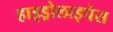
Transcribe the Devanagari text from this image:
हाइड्रोलाइपेस